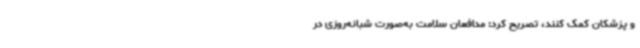
و پزشکان کمک کنند، تصریح کرد: مدافعان سلامت به‌صورت شبانه‌روزی در